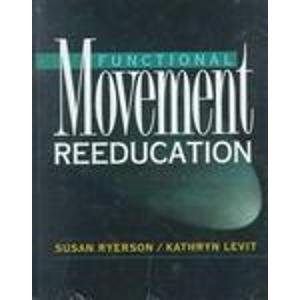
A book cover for Functional Movement Reeducation: A Contemporary Model for Stroke Rehabilitation, 1e; Susan Ryerson MA  PT; Health, Fitness & Dieting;